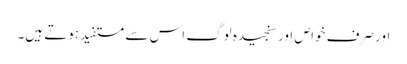
اور صرف خواص اور سنجیدہ لوگ اس سے مستفید ہوتے ہیں۔